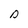
Character: D